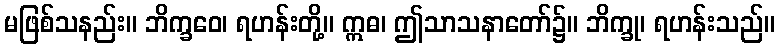
မဖြစ်သနည်း။ ဘိက္ခဝေ၊ ရဟန်းတို့။ ဣဓ၊ ဤသာသနာတော်၌။ ဘိက္ခု၊ ရဟန်းသည်။